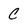
Character: C